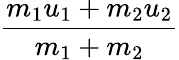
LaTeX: \frac{m_{1}u_{1}+m_{2}u_{2}}{m_{1}+m_{2}}